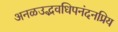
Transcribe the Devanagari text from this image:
अनळउद्भवधिपनंदनप्रिय